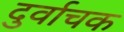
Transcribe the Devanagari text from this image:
दुर्वाचक